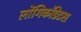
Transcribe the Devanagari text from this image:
लोंगिकॉडेटस